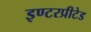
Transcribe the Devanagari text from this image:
इण्टरप्रीटेड